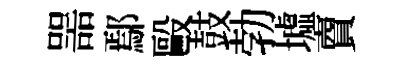
噐鄢毆鼓勃墟𧶠